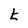
Character: t